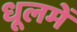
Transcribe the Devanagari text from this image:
धूलमें